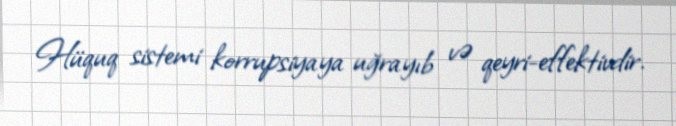
Hüquq sistemi korrupsiyaya uğrayıb və qeyri-effektivdir.